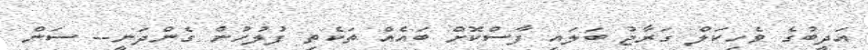
އަދީބުގެ ވެހިކަލް ގަރާޖު ބަލައި ފާސްކޮށް ބައެއް ތަކެތި ފުލުހުން ގެންދަނީ-- ސަން